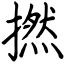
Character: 撚